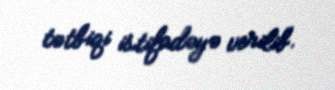
tətbiqi istifadəyə verilib.